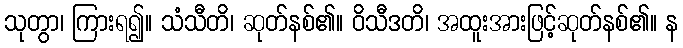
သုတွာ၊ ကြားရ၍။ သံသီတိ၊ ဆုတ်နစ်၏။ ဝိသီဒတိ၊ အထူးအားဖြင့်ဆုတ်နစ်၏။ န